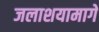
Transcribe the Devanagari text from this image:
जलाशयामागे